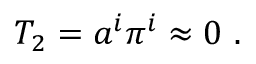
T _ { 2 } = a ^ { i } \pi ^ { i } \approx 0 \, \, .